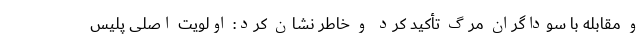
و مقابله با سوداگران مرگ تأکید کرد و خاطر نشان کرد: اولویت اصلی پلیس